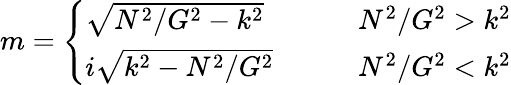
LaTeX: m=\left\{ \begin{array}{ll}{\sqrt{N^{2}/G^{2}-k^{2}}\qquad}&{N^{2}/G^{2}>k^{2}}\\ {i\sqrt{k^{2}-N^{2}/G^{2}}\qquad}&{N^{2}/G^{2}<k^{2}}\end{array}\right.